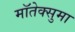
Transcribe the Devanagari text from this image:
मॉतेक्सुमा